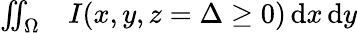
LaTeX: \begin{array}{rl}{\iint_{\Omega}}&{{}I(x,y,z=\Delta\ge 0)\, \mathrm{d}x\, \mathrm{d}y}\end{array}